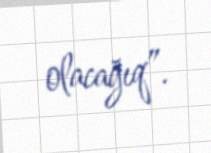
olacağıq”.